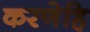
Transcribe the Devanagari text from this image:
करणेहि